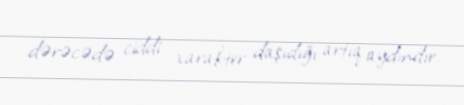
dərəcədə ciddi xarakter daşıdığı artıq aydındır.